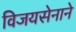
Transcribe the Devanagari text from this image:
विजयसेनाने